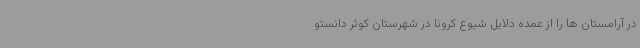
در آرامستان ها را از عمده دلایل شیوع کرونا در شهرستان کوثر دانستو